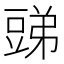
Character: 𧯪